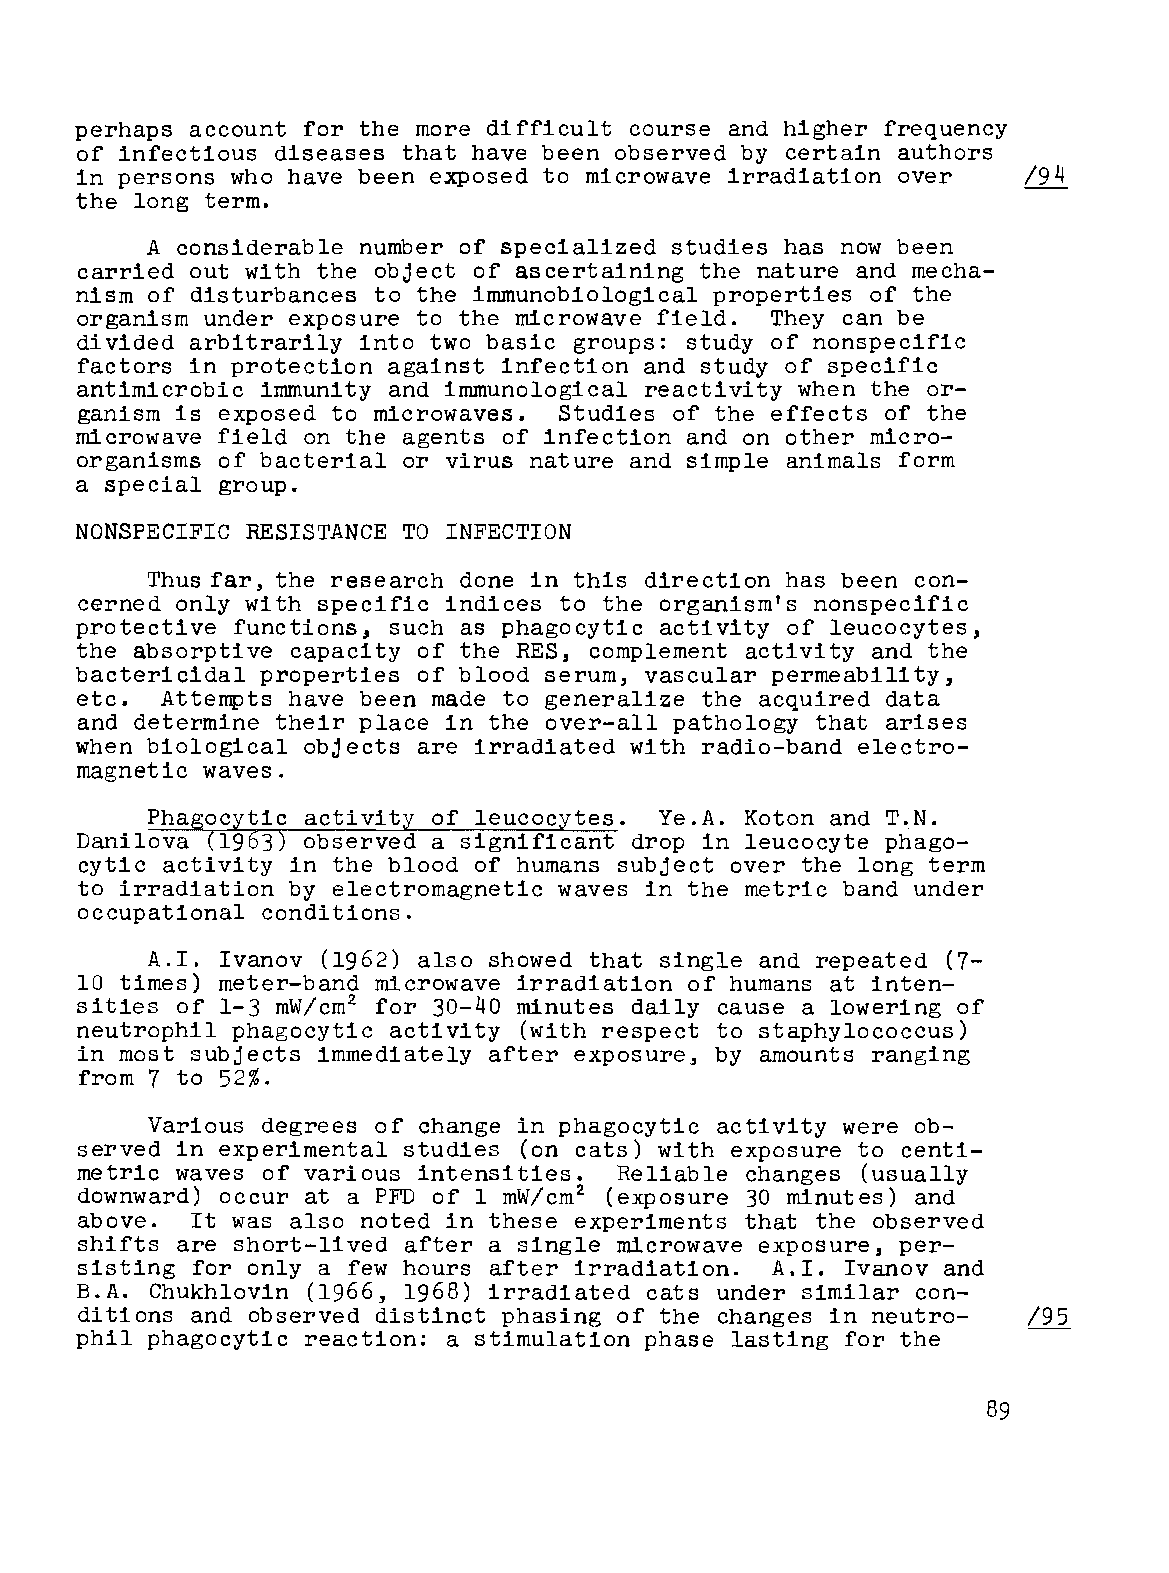
perhaps account for the more difficult course and higher frequency
 of infectious diseases that have been observed by certain authors
 in persons who have been exposed to microwave irradiation over /94
 the long term.
 A considerable number of specialized studies has now been
 carried out with the object of ascertaining the nature and mecha
 nism of disturbances to the immunobiological properties of the
 organism under exposure to the microwave field. They can be
 divided arbitrarily into two basic groups: study of nonspecific
 factors in protection against infection and study of specific
 antimicrobic immunity and immunological reactivity when the or
 ganism is exposed to microwaves. Studies of the effects of the
 microwave field on the agents of infection and on other micro
 organisms of bacterial or virus nature and simple animals form
 a special group.
 NONSPECIFIC RESISTANCE TO INFECTION
 Thus far, the research done in this direction has been con
 cerned only with specific indices to the organism's nonspecific
 protective functions, such as phagocytic activity of leucocytes,
 the absorptive capacity of the RES, complement activity and the
 bactericidal properties of blood serum, vascular permeability,
 etc.  Attempts have been made to generalize the acquired data
 and determine their place in the over-all pathology that arises
 when biological objects are irradiated with radio-band electro
 magnetic waves.
 Phagocytic activity of leucocytes. Ye.A. Koton and T.N.
 Danilova (1963) observed a significant drop in leucocyte phago
 cytic activity in the blood of humans subject over the long term
 to irradiation by electromagnetic waves in the metric band under
 occupational conditions.
 A.I. Ivanov (1962) also showed that single and repeated (7-
 10 times) meter-band microwave irradiation of humans at inten
 sities of 1-3 mW/cm2 for 30-40 minutes daily cause a lowering of
 neutrophil phagocytic activity (with respect to staphylococcus)
 in most subjects immediately after exposure, by amounts ranging
 from 7 to 52%.
 Various degrees of change in phagocytic activity were ob
 served in experimental studies (on cats) with exposure to centi
 metric waves of various intensities. Reliable changes (usually
 downward) occur at a PFD of 1 mW/cm2 (exposure 30 minutes) and
 above.  It was also noted in these experiments that the observed
 shifts are short-lived after a single microwave exposure, per
 sisting for only a few hours after irradiation. A.I. Ivanov and
 B.A. Chukhlovin (1966, 1968) irradiated cats under similar con-
 ditions and observed distinct phasing of the changes in neutro- /95
 phil phagocytic reaction: a stimulation phase lasting for the
 89